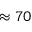
\approx 7 0